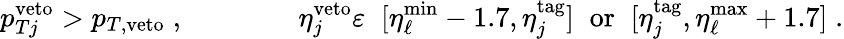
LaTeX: p_{Tj}^{\mathrm{veto}}>p_{T,\mathrm{veto}}\; ,\qquad\qquad\eta_{j}^{\mathrm{veto}}\varepsilon\; \; [\eta_{\ell}^{\mathrm{min}}-1.7,\eta_{j}^{\mathrm{tag}}]\; \; \mathrm{or}\; \; [\eta_{j}^{\mathrm{tag}},\eta_{\ell}^{\mathrm{max}}+1.7]\; .